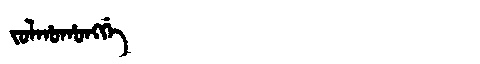
Manchu: ᠵᠣᠯᡥᠣᡥᠣᠩᡤᡝ
Romanization: JOLHOHONGGE